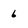
Character: 6